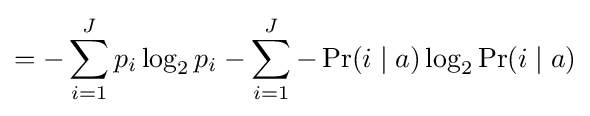
=-\sum _{i=1}^{J}p_{i}\log _{2}p_{i}-\sum _{i=1}^{J}-\Pr(i\mid a)\log _{2}\Pr(i\mid a)